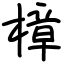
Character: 樟